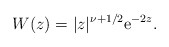
\begin{align*}W(z) = |z|^{\nu + {1}/{2}} {\rm e}^{- 2 z}.\end{align*}